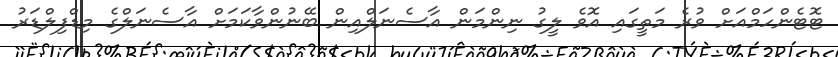
ޓޮޓެންހަމްއަށް ވުރެ މަތީގައި އޮވެ ލީގު ނިންމަން އާސެނަލްއިން ބޭނުންވާކަމަށް އާސެނަލްގެ މިޑްފިލްޑަރު